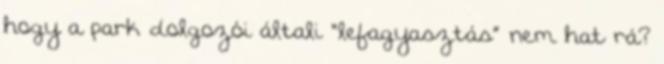
hogy a park dolgozói általi “lefagyasztás” nem hat rá?